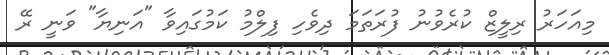
މިއަހަރު ރިލީޒް ކުރެވުނު ފުރަތަމަ ދިވެހި ފިލްމު ކަމުގައިވާ "އަނިޔާ" ވަނީ ރޭ